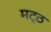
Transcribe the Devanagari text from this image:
मट्ठ